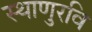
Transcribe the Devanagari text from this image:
स्थाणुरवि